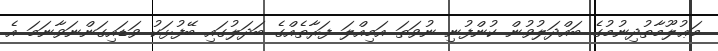
މަޢުލޫމާތުދިނުމުގެ ބައްދަލުވުން ކުންފުނި ނުވަތަ އަމިއްލަ ފަރާތެއްގެ ބަދަލުގައި ބޭފުޅަކު ވަޑައިގަންނަވާނަމަ އެ